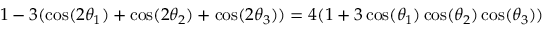
1 - 3 ( \cos ( 2 \theta _ { 1 } ) + \cos ( 2 \theta _ { 2 } ) + \cos ( 2 \theta _ { 3 } ) ) = 4 ( 1 + 3 \cos ( \theta _ { 1 } ) \cos ( \theta _ { 2 } ) \cos ( \theta _ { 3 } ) )